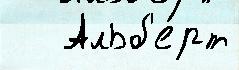
   Альб'е́рт